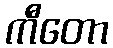
ကီတော